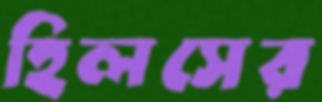
হিলসের